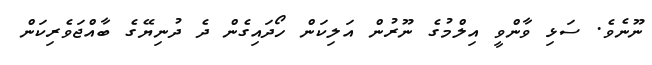
ނޫނެވެ. ސަޅި ވާންވީ އިލްމުގެ ނޫރުން އަލިކަން ހޯދައިގެން ދެ ދުނިޔޭގެ ބާއްޖަވެރިކަން